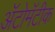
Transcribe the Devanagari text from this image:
ॲटोमॅटीक